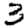
Digit: 3